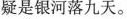
疑是银河落九天。